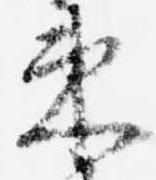
束